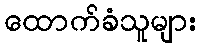
ထောက်ခံသူများ